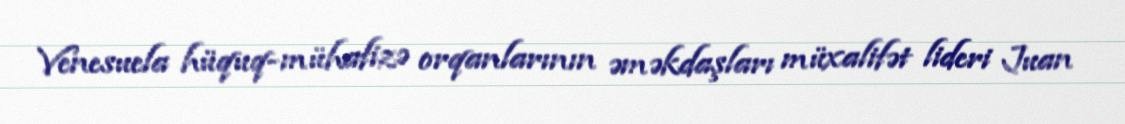
Venesuela hüquq-mühafizə orqanlarının əməkdaşları müxalifət lideri Juan